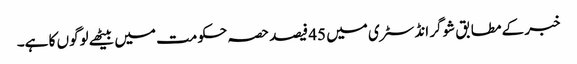
خبر کے مطابق شوگر انڈسٹری میں 45 فیصد حصہ حکومت میں بیٹھے لوگوں کا ہے۔